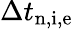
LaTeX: \Delta t_{\mathrm{n,i,e}}